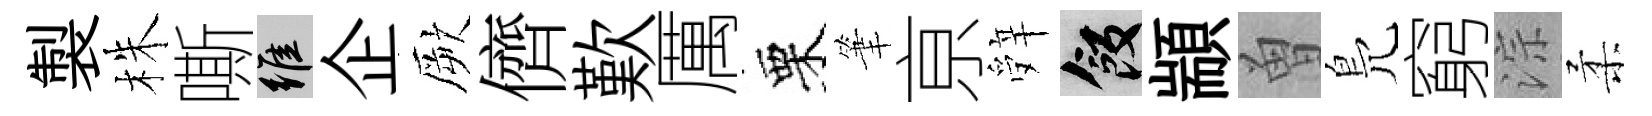
製株嘶維企厥儕歎厲栗筆亰辤飯顓曽鳬窮淙柔